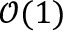
\mathcal { O } ( 1 )